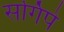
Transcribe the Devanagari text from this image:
सर्गिपे